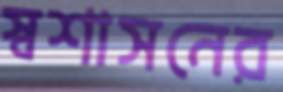
স্বশাসনের